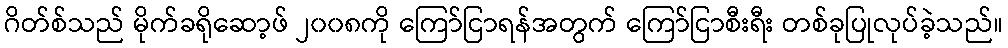
ဂိတ်စ်သည် မိုက်ခရိုဆော့ဖ် ၂၀၀၈ကို ကြော်ငြာရန်အတွက် ကြော်ငြာစီးရီး တစ်ခုပြုလုပ်ခဲ့သည်။